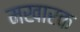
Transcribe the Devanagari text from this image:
मखारक